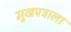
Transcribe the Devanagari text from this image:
मुखपत्राला